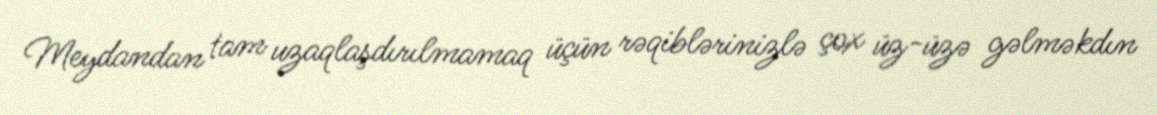
Meydandan tam uzaqlaşdırılmamaq üçün rəqiblərinizlə çox üz-üzə gəlməkdın